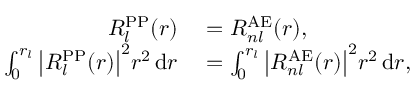
\begin{array} { r l } { R _ { l } ^ { \mathrm { P P } } ( r ) } & { { } = R _ { n l } ^ { \mathrm { A E } } ( r ) , } \\ { \int _ { 0 } ^ { r _ { l } } { \big | } R _ { l } ^ { \mathrm { P P } } ( r ) { \big | } ^ { 2 } r ^ { 2 } \, \mathrm { d } r } & { { } = \int _ { 0 } ^ { r _ { l } } { \big | } R _ { n l } ^ { \mathrm { A E } } ( r ) { \big | } ^ { 2 } r ^ { 2 } \, \mathrm { d } r , } \end{array}